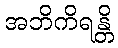
အဘိကိရန္တိ